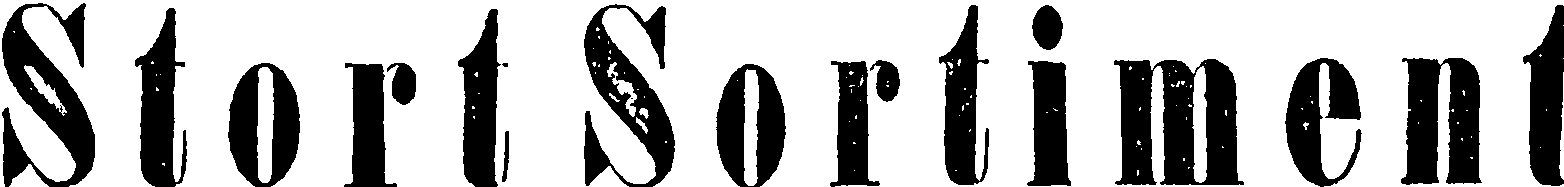
Stort Sortiment